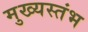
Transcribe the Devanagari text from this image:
मुख्यस्तंभ